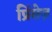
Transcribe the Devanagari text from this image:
प्रिंसेज़